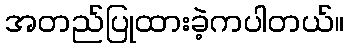
အတည်ပြုထားခဲ့ကပါတယ်။